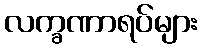
လက္ခဏာရပ်များ